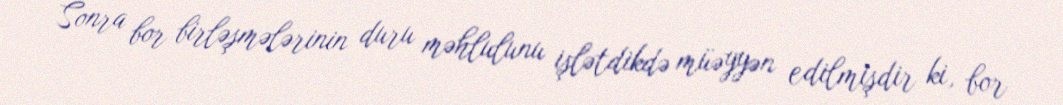
Sonra bor birləşmələrinin duru məhlulunu işlətdikdə müəyyən edilmişdir ki, bor